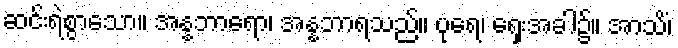
ဆင်းရဲစွာသော။ အန္နဘာရော၊ အန္နဘာရသည်။ ပုရေ၊ ရှေးအခါ၌။ အာသိံ၊